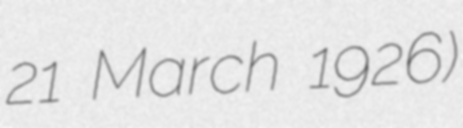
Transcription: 21 March 1926)